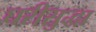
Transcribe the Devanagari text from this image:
घरीसुद्धा